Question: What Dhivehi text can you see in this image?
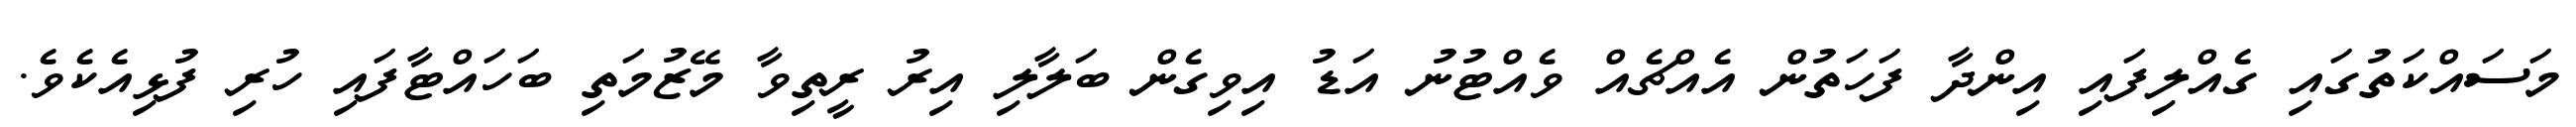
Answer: މަސައްކަތުގައި ގެއްލިފައި އިންދާ ފަހަތުން އެއްޗެއް ވެއްޓުނު އަޑު އިވިގެން ބަލާލި އިރު ރީތިވާ މޭޒުމަތި ބަހައްޓާފައި ހުރި ފުޅިއެކެވެ.